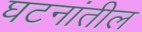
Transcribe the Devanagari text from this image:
घटनांतील